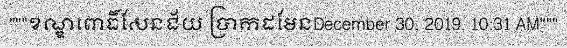
"""ខណ្ឌពោធិ៍សែនជ័យ ប្រាកដមែនDecember 30, 2019, 10:31 AM"""